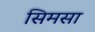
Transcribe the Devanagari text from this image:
सिमसा